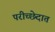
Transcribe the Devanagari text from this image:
परीच्छेदात